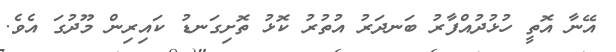
އޭނާ އޮތީ ހުޅުދުއްފާރު ބަނދަރު އުތުރު ކޮޅު ތޮށިގަނޑު ކައިރިން މޫދުގަ އެވެ.